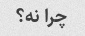
چرا نه؟